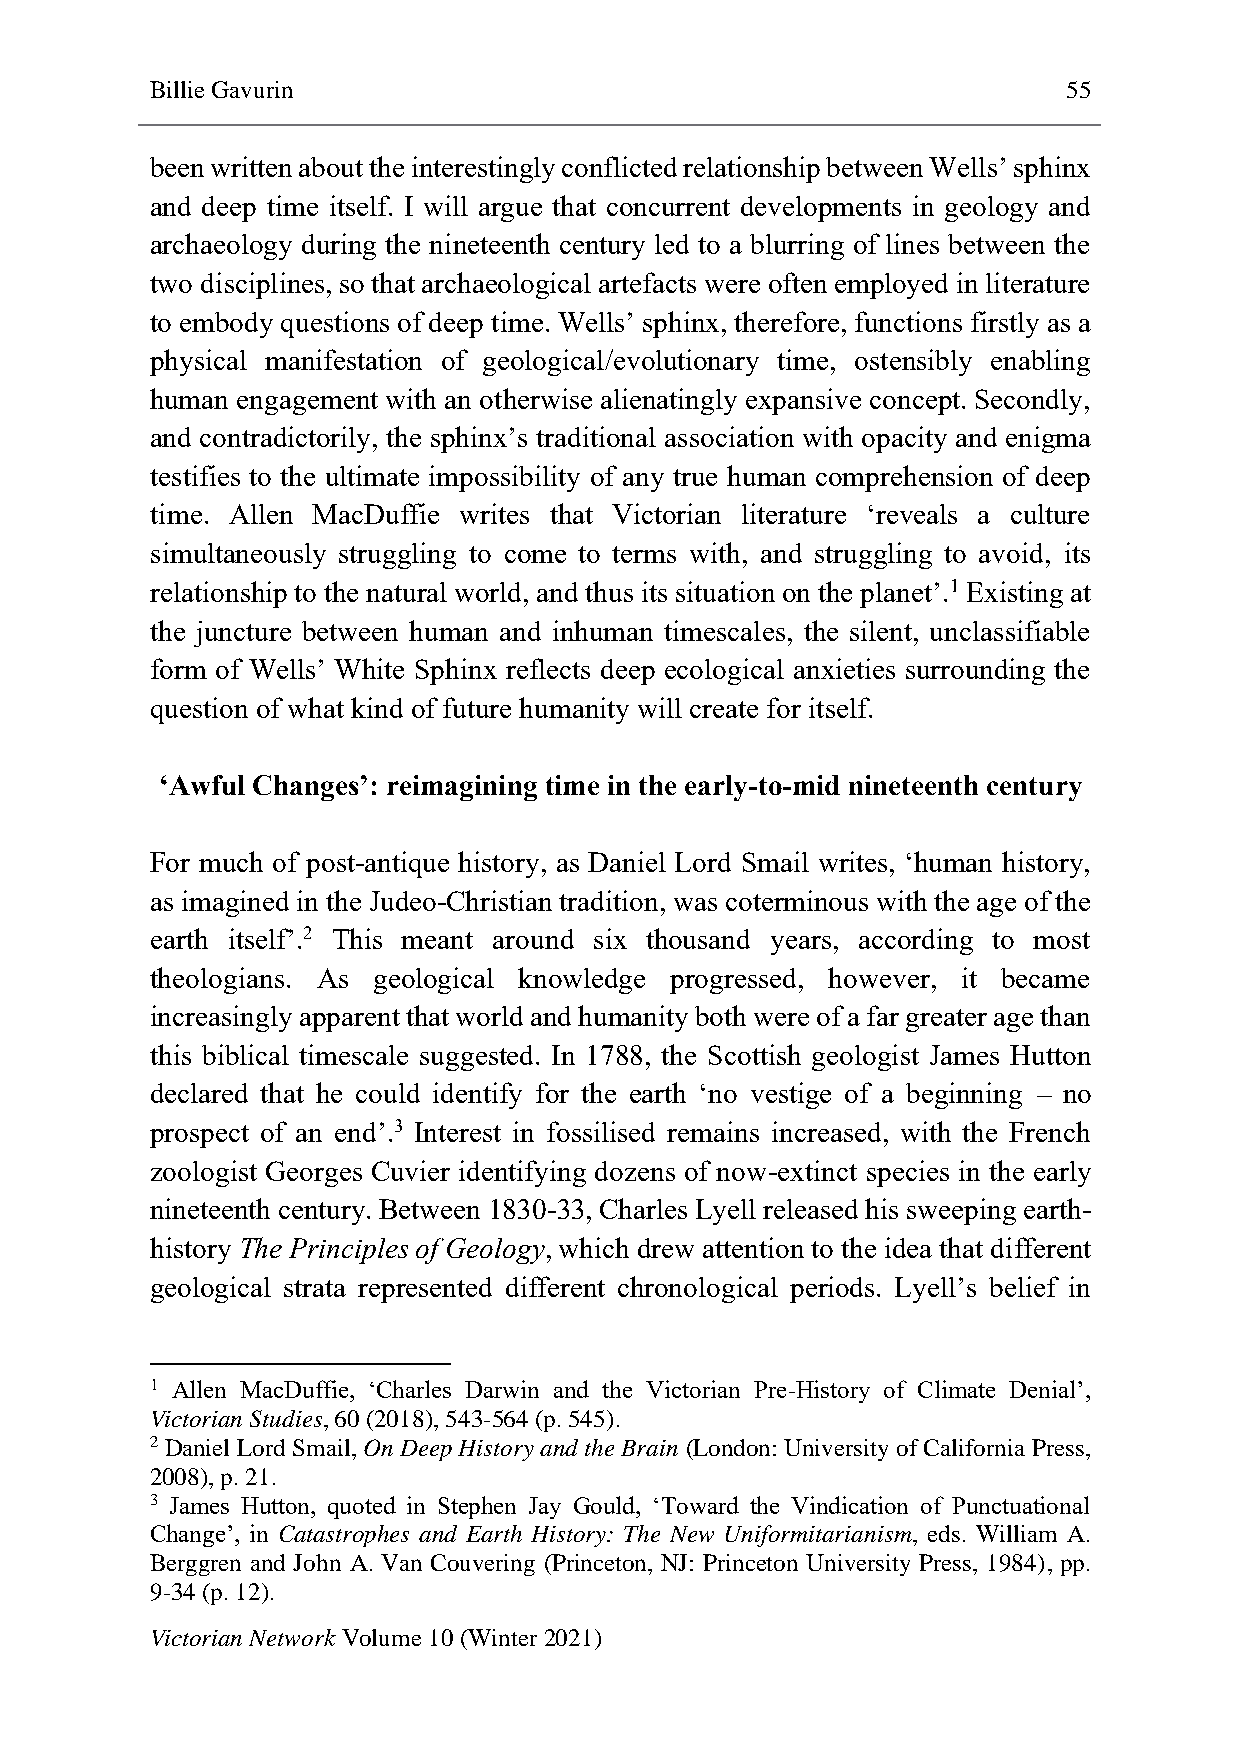
Billie Gavurin                                               55
 been written about the interestingly conflicted relationship between Wells’ sphinx
 and deep time itself. I will argue that concurrent developments in geology and
 archaeology during the nineteenth century led to a blurring of lines between the
 two disciplines, so that archaeological artefacts were often employed in literature
 to embody questions of deep time. Wells’ sphinx, therefore, functions firstly as a
 physical manifestation of geological/evolutionary time, ostensibly enabling
 human engagement with an otherwise alienatingly expansive concept. Secondly,
 and contradictorily, the sphinx’s traditional association with opacity and enigma
 testifies to the ultimate impossibility of any true human comprehension of deep
 time. Allen MacDuffie writes that Victorian literature ‘reveals a culture
 simultaneously struggling to come to terms with, and struggling to avoid, its
 relationship to the natural world, and thus its situation on the planet’.1 Existing at
 the juncture between human and inhuman timescales, the silent, unclassifiable
 form of Wells’ White Sphinx reflects deep ecological anxieties surrounding the
 question of what kind of future humanity will create for itself.
 ‘Awful Changes’: reimagining time in the early-to-mid nineteenth century
 For much of post-antique history, as Daniel Lord Smail writes, ‘human history,
 as imagined in the Judeo-Christian tradition, was coterminous with the age of the
 earth itself’.2 This meant around six thousand years, according to most
 theologians. As geological knowledge progressed, however, it became
 increasingly apparent that world and humanity both were of a far greater age than
 this biblical timescale suggested. In 1788, the Scottish geologist James Hutton
 declared that he could identify for the earth ‘no vestige of a beginning – no
 prospect of an end’.3 Interest in fossilised remains increased, with the French
 zoologist Georges Cuvier identifying dozens of now-extinct species in the early
 nineteenth century. Between 1830-33, Charles Lyell released his sweeping earth-
 history The Principles of Geology, which drew attention to the idea that different
 geological strata represented different chronological periods. Lyell’s belief in
 1 Allen MacDuffie, ‘Charles Darwin and the Victorian Pre-History of Climate Denial’,
 Victorian Studies, 60 (2018), 543-564 (p. 545).
 2 Daniel Lord Smail, On Deep History and the Brain (London: University of California Press,
 2008), p. 21.
 3 James Hutton, quoted in Stephen Jay Gould, ‘Toward the Vindication of Punctuational
 Change’, in Catastrophes and Earth History: The New Uniformitarianism, eds. William A.
 Berggren and John A. Van Couvering (Princeton, NJ: Princeton University Press, 1984), pp.
 9-34 (p. 12).
 Victorian Network Volume 10 (Winter 2021)